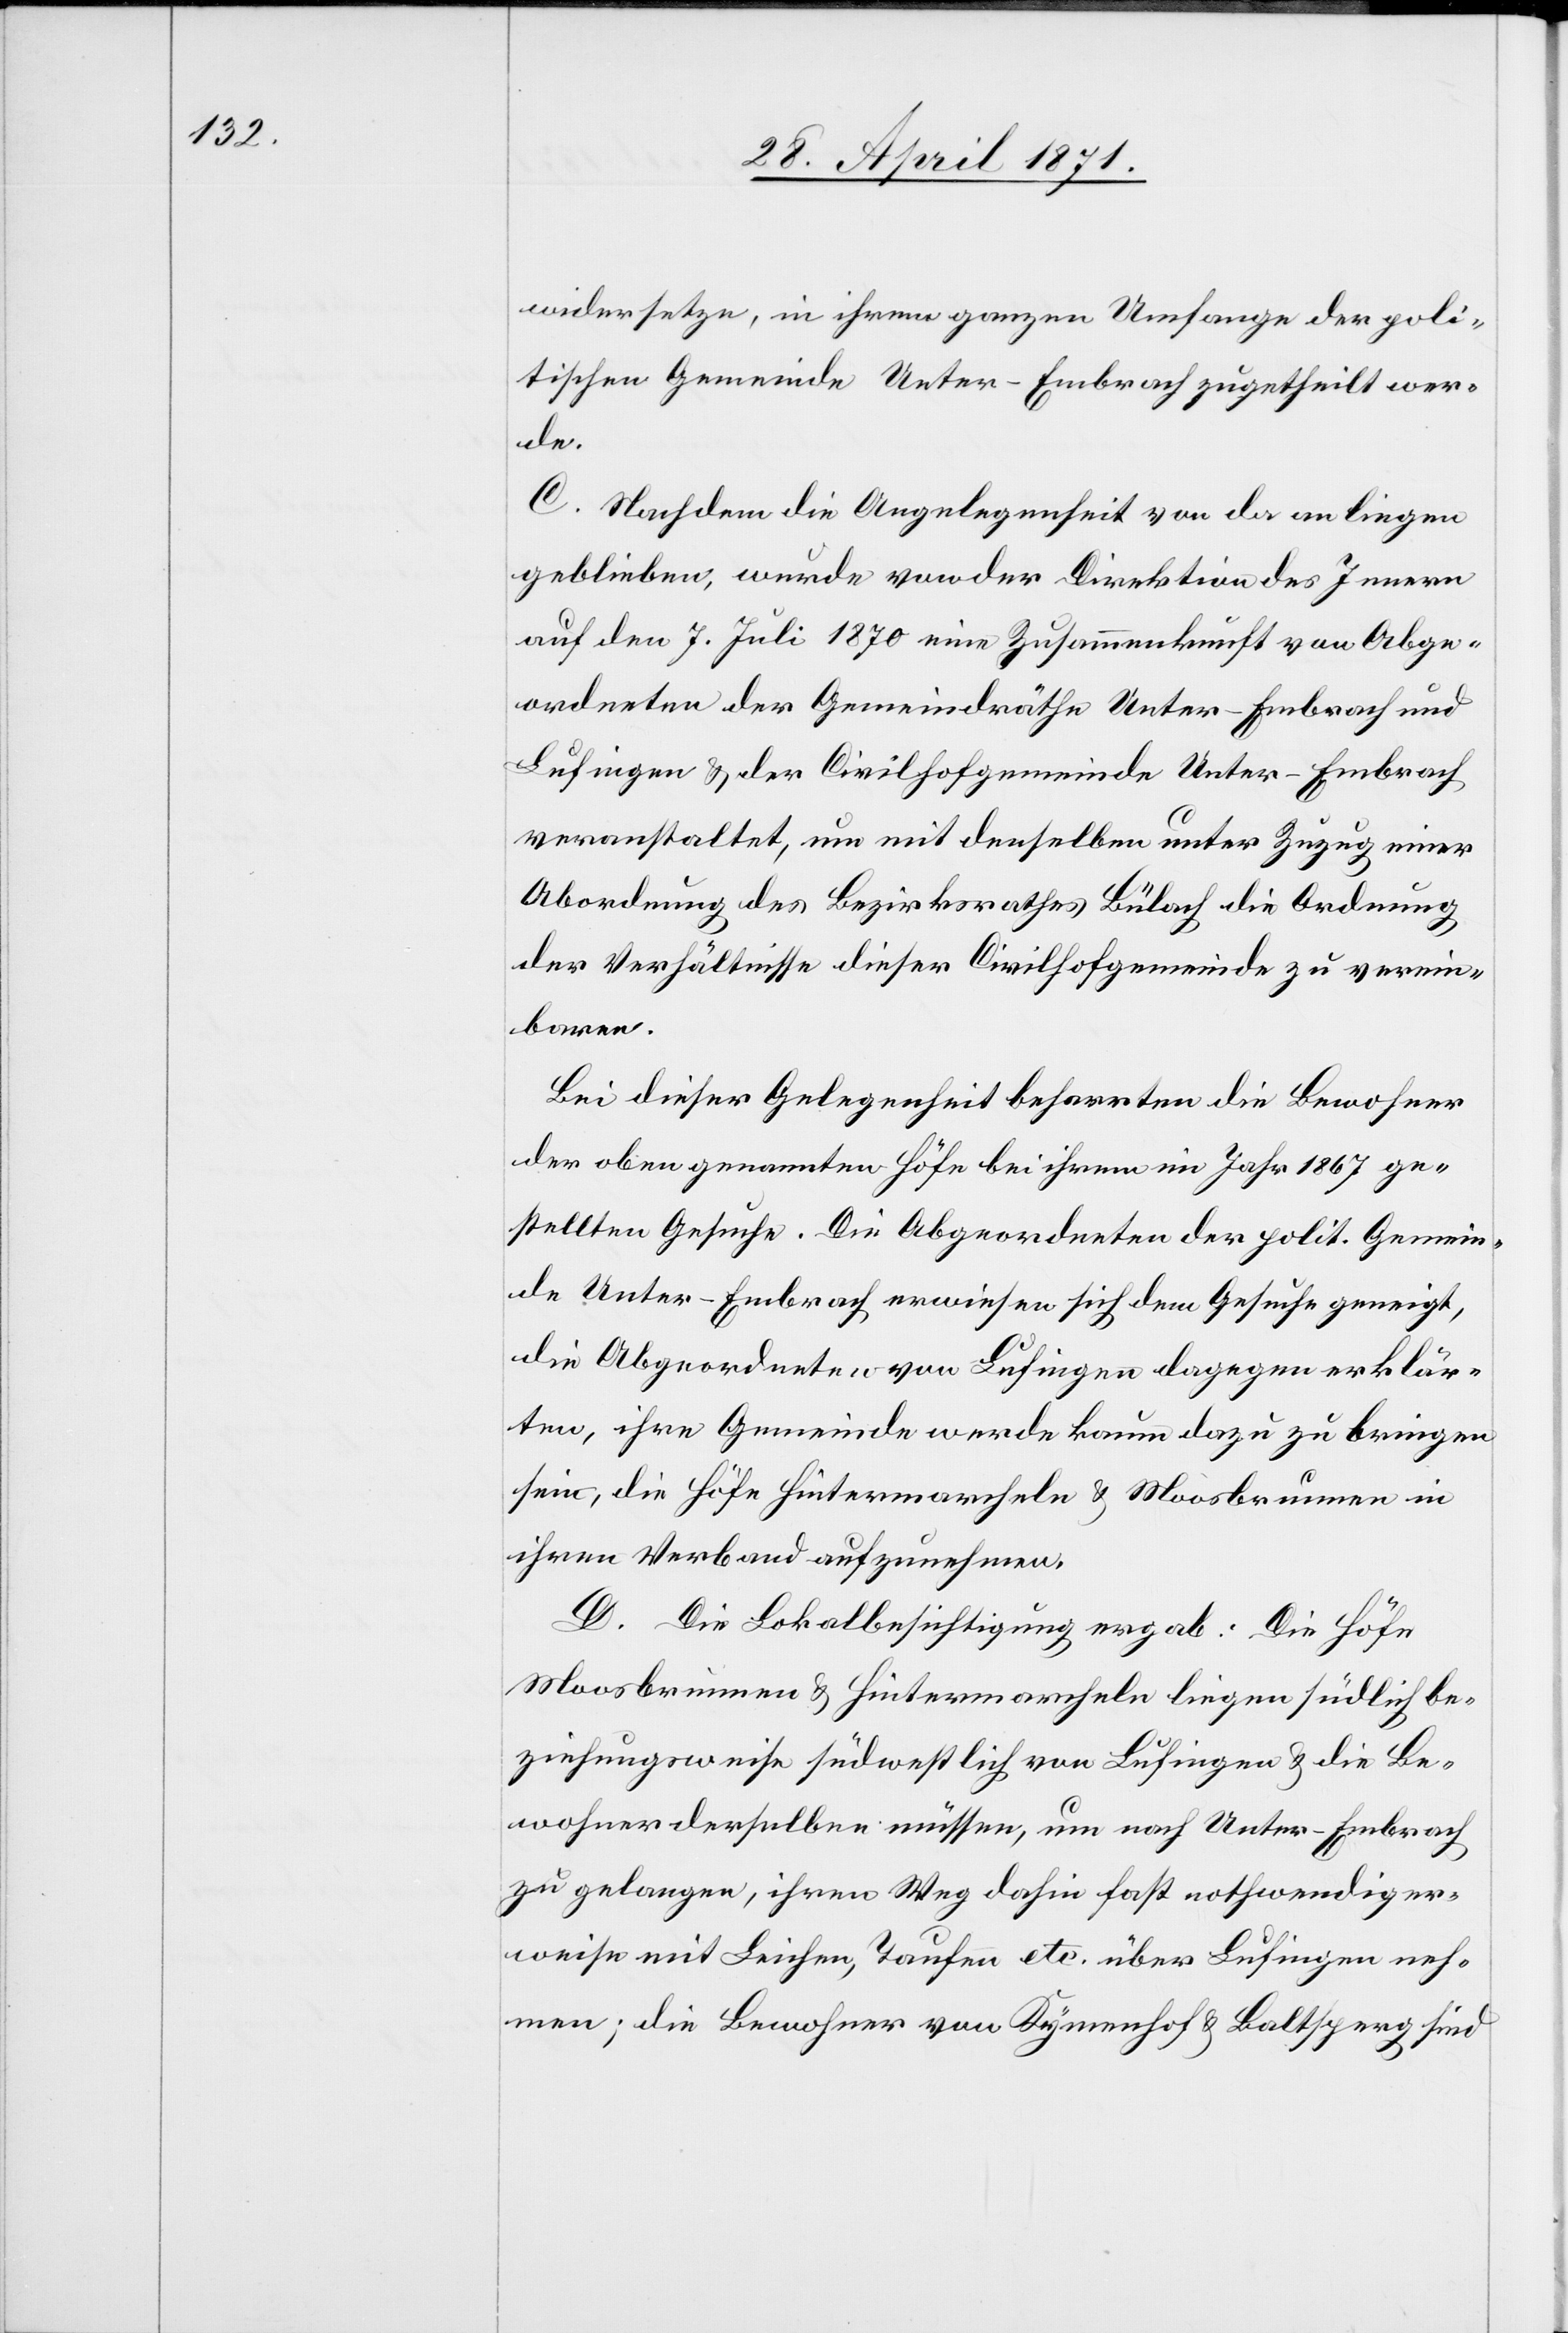
widersetze, in ihrem ganzen Umfange der poli¬
tischen Gemeinde Unter-Embrach zugetheilt wer¬
über
C. Nachdem die Angelegenheit von da an liegen
geblieben, wurde von der Direktion des Innern
auf den 7. Juli 1870 eine Zusammenkunft von Abge¬
ordneten der Gemeindräthe Unter-Embrach und
Lufingen u. der Civilhofgemeinde Unter-Embrach
veranstaltet, um mit denselben unter Zuzug einer
Abordnung des Bezirksrathes Bülach die Ordnung
der Verhältnisse dieser Civilhofgemeinde zu verein¬
baren.
Bei dieser Gelegenheit beharrten die Bewohner
der oben genannten Höfe bei ihrem im Jahr 1867 ge¬
stellten Gesuche. Die Abgeordneten der polit. Gemein¬
de Unter-Embrach erwiesen sich dem Gesuche geneigt,
die Abgeordneten von Lufingen dagegen erklär¬
ten, ihre Gemeinde werde kaum dazu zu bringen
sein, die Höfe Hintermarcheln u. Moosbrunnen in
ihrem Verband aufzunehmen.
D. Die Lokalbesichtigung ergab: Die Höfe
Moosbrunnen u. Hintermarcheln liegen südlich be¬
ziehungsweise südwestlich von Lufingen u. die Be¬
wohner derselben müssen, um nach Unter-Embrach
zu gelangen, ihren Weg dahin fast nothwendiger¬
nehmen; die Bewohner von Kymenhof u. Baltsperg sind